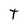
Character: T